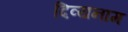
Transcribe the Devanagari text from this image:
दिव्यनाम